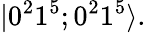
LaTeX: |0^{2}1^{5};0^{2}1^{5}\rangle.